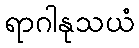
ရာဂါနုသယံ